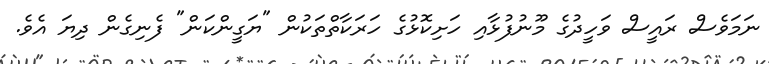
ނަމަވެސް ރައީސް ވަހީދުގެ މޫނުފުޅާއި ހަށިކޮޅުގެ ހަރަކާތްތަކުން "ޔަގީންކަން" ފެނިގެން ދިޔަ އެވެ.